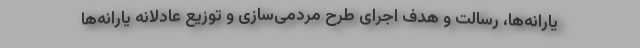
یارانه‌ها، رسالت و هدف اجرای طرح مردمی‌سازی‌ و توزیع عادلانه یارانه‌ها